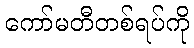
ကော်မတီတစ်ရပ်ကို